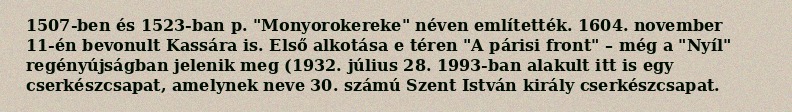
1507-ben és 1523-ban p. "Monyorokereke" néven említették. 1604. november 11-én bevonult Kassára is. Első alkotása e téren "A párisi front" – még a "Nyíl" regényújságban jelenik meg (1932. július 28. 1993-ban alakult itt is egy cserkészcsapat, amelynek neve 30. számú Szent István király cserkészcsapat.